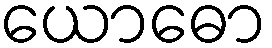
ယောဓော